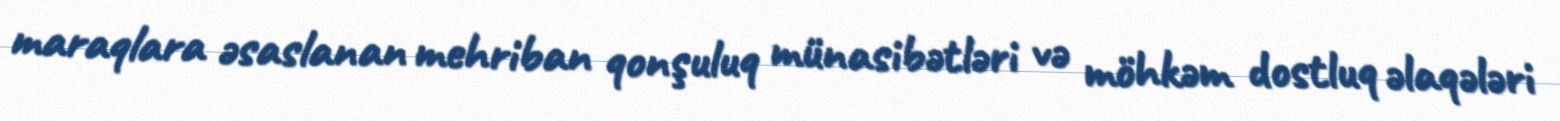
maraqlara əsaslanan mehriban qonşuluq münasibətləri və möhkəm dostluq əlaqələri